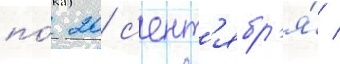
по́ 20 с'ент'ябр'я́ /